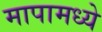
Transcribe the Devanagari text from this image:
मापामध्ये